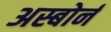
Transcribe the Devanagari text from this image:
अस्बोर्न